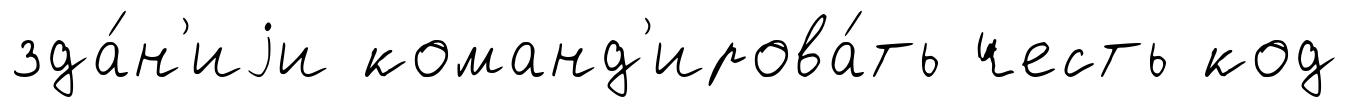
зда́н'иjи команд'ирова́ть честь код